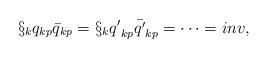
LaTeX: \begin{align*}\S_{k}{q}_{kp}{\bar{q}}_{kp} =\S_{k}{q'}_{kp}{\bar{q'}}_{kp}=\cdots = inv,\end{align*}